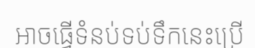
អាចធ្វើទំនប់ទប់ទឹកនេះប្រើ